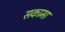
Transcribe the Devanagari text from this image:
सकामा